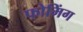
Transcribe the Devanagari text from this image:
फोमिंग